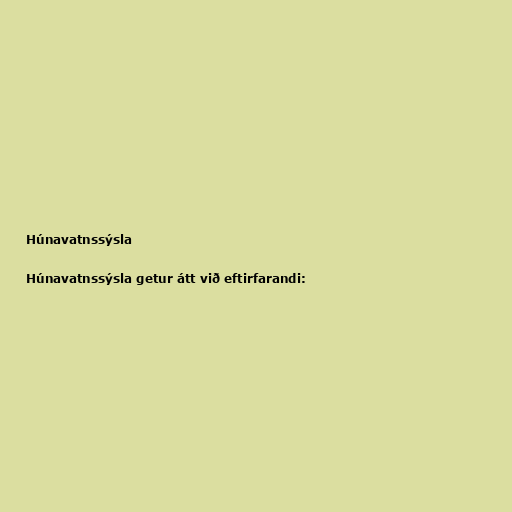
Húnavatnssýsla

Húnavatnssýsla getur átt við eftirfarandi: